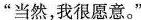
“当然，我很愿意。”